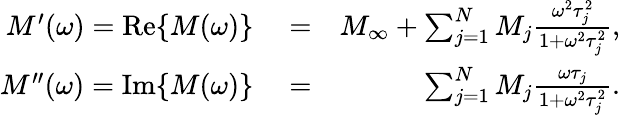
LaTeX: \begin{array}{rlr}{M^{\prime}(\omega)=\mathrm{Re}\{ M(\omega)\} }&{{}=}&{M_{\infty}+\sum_{j=1}^{N}M_{j}\frac{\omega^{2}\tau_{j}^{2}}{1+\omega^{2}\tau_{j}^{2}},}\\ {M^{\prime\prime}(\omega)=\mathrm{Im}\{ M(\omega)\} }&{{}=}&{\sum_{j=1}^{N}M_{j}\frac{\omega\tau_{j}}{1+\omega^{2}\tau_{j}^{2}}.}\end{array}